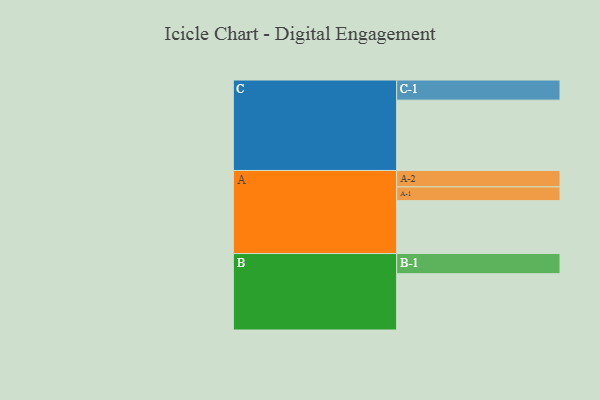
{"axis": {"x": "Segment", "y": "Value"}, "legend": ["", "A", "B", "C"], "data": [{"x": "A", "y": 441, "type": ""}, {"x": "B", "y": 470, "type": ""}, {"x": "C", "y": 587, "type": ""}, {"x": "A-1", "y": 115, "type": "A"}, {"x": "A-2", "y": 137, "type": "A"}, {"x": "B-1", "y": 168, "type": "B"}, {"x": "C-1", "y": 168, "type": "C"}]}